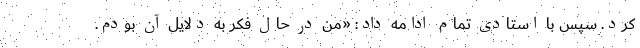
کرد. سپس با استادی تمام ادامه داد: «من در حال فکر به دلایل آن بودم.